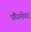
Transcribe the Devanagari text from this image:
फैंगमेयर